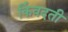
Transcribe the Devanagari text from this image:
किंवदती